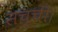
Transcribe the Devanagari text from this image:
सच्ची।